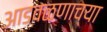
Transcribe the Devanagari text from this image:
आडवळणाच्या